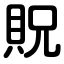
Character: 貺